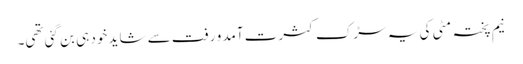
نیم پختہ مٹی کی یہ سڑک کثرت آمد و رفت سے شاید خود ہی بن گئی تھی۔